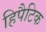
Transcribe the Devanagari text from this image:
हिपैटिक